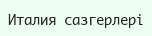
Италия сазгерлері